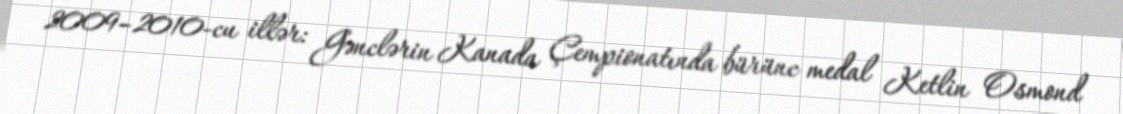
2009–2010-cu illər: Gənclərin Kanada Çempionatında bürünc medal Ketlin Osmond